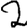
Digit: 2